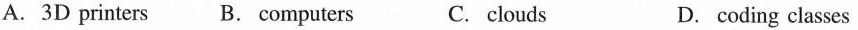
A.3D printers B. computers C. clouds D. coding classes